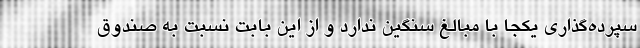
سپرده‌گذاری یکجا با مبالغ سنگین ندارد و از این بابت نسبت به صندوق